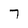
Character: 7